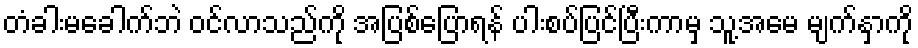
တံခါးမခေါက်ဘဲ ဝင်လာသည်ကို အပြစ်ပြောရန် ပါးစပ်ပြင်ပြီးကာမှ သူ့အမေ မျက်နှာကို